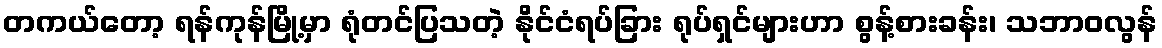
တကယ်တော့ ရန်ကုန်မြို့မှာ ရုံတင်ပြသတဲ့ နိုင်ငံရပ်ခြား ရုပ်ရှင်များဟာ စွန့်စားခန်း၊ သဘာဝလွန်